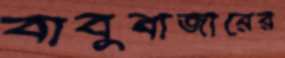
বাবুবাজারের